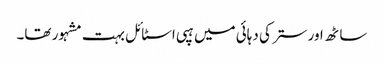
ساٹھ اور ستر کی دہائی میں ہپی اسٹائل بہت مشہور تھا۔